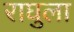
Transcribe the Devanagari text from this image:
राघुला